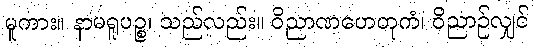
မူကား။ နာမရူပဉ္စ၊ သည်လည်း။ ဝိညာဏဟေတုကံ၊ ဝိညာဉ်လျှင်